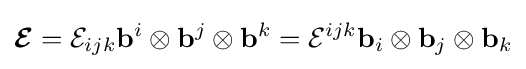
{\boldsymbol {\mathcal {E}}}={\mathcal {E}}_{ijk}\mathbf {b} ^{i}\otimes \mathbf {b} ^{j}\otimes \mathbf {b} ^{k}={\mathcal {E}}^{ijk}\mathbf {b} _{i}\otimes \mathbf {b} _{j}\otimes \mathbf {b} _{k}